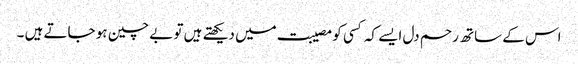
اس کے ساتھ رحم دل ایسے کہ کسی کو مصیبت میں دیکھتے ہیں تو بے چین ہو جاتے ہیں ۔